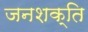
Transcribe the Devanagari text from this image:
जनशक्‍ति